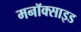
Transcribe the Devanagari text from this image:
मनॉक्साइड